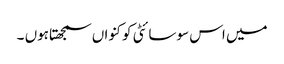
میں اس سوسائٹی کو کنواں سمجھتاہوں ۔